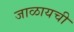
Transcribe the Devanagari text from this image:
जाळायची